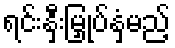
ရင်းနှီးမြှုပ်နှံမည့်